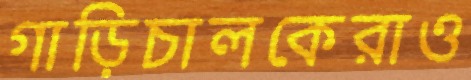
গাড়িচালকেরাও